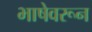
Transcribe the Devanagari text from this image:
भाषेवरून